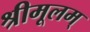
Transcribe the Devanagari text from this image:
श्रीमूलम्